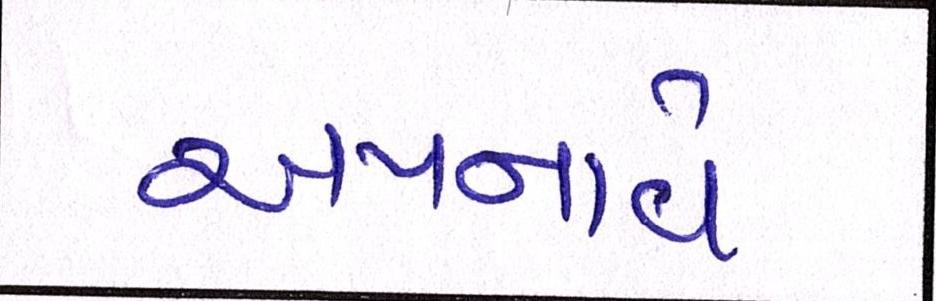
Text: અપનાવે